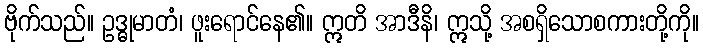
ဗိုက်သည်။ ဥဒ္ဓုမာတံ၊ ဖူးရောင်နေ၏။ ဣတိ အာဒီနိ၊ ဣသို့ အစရှိသောစကားတို့ကို။